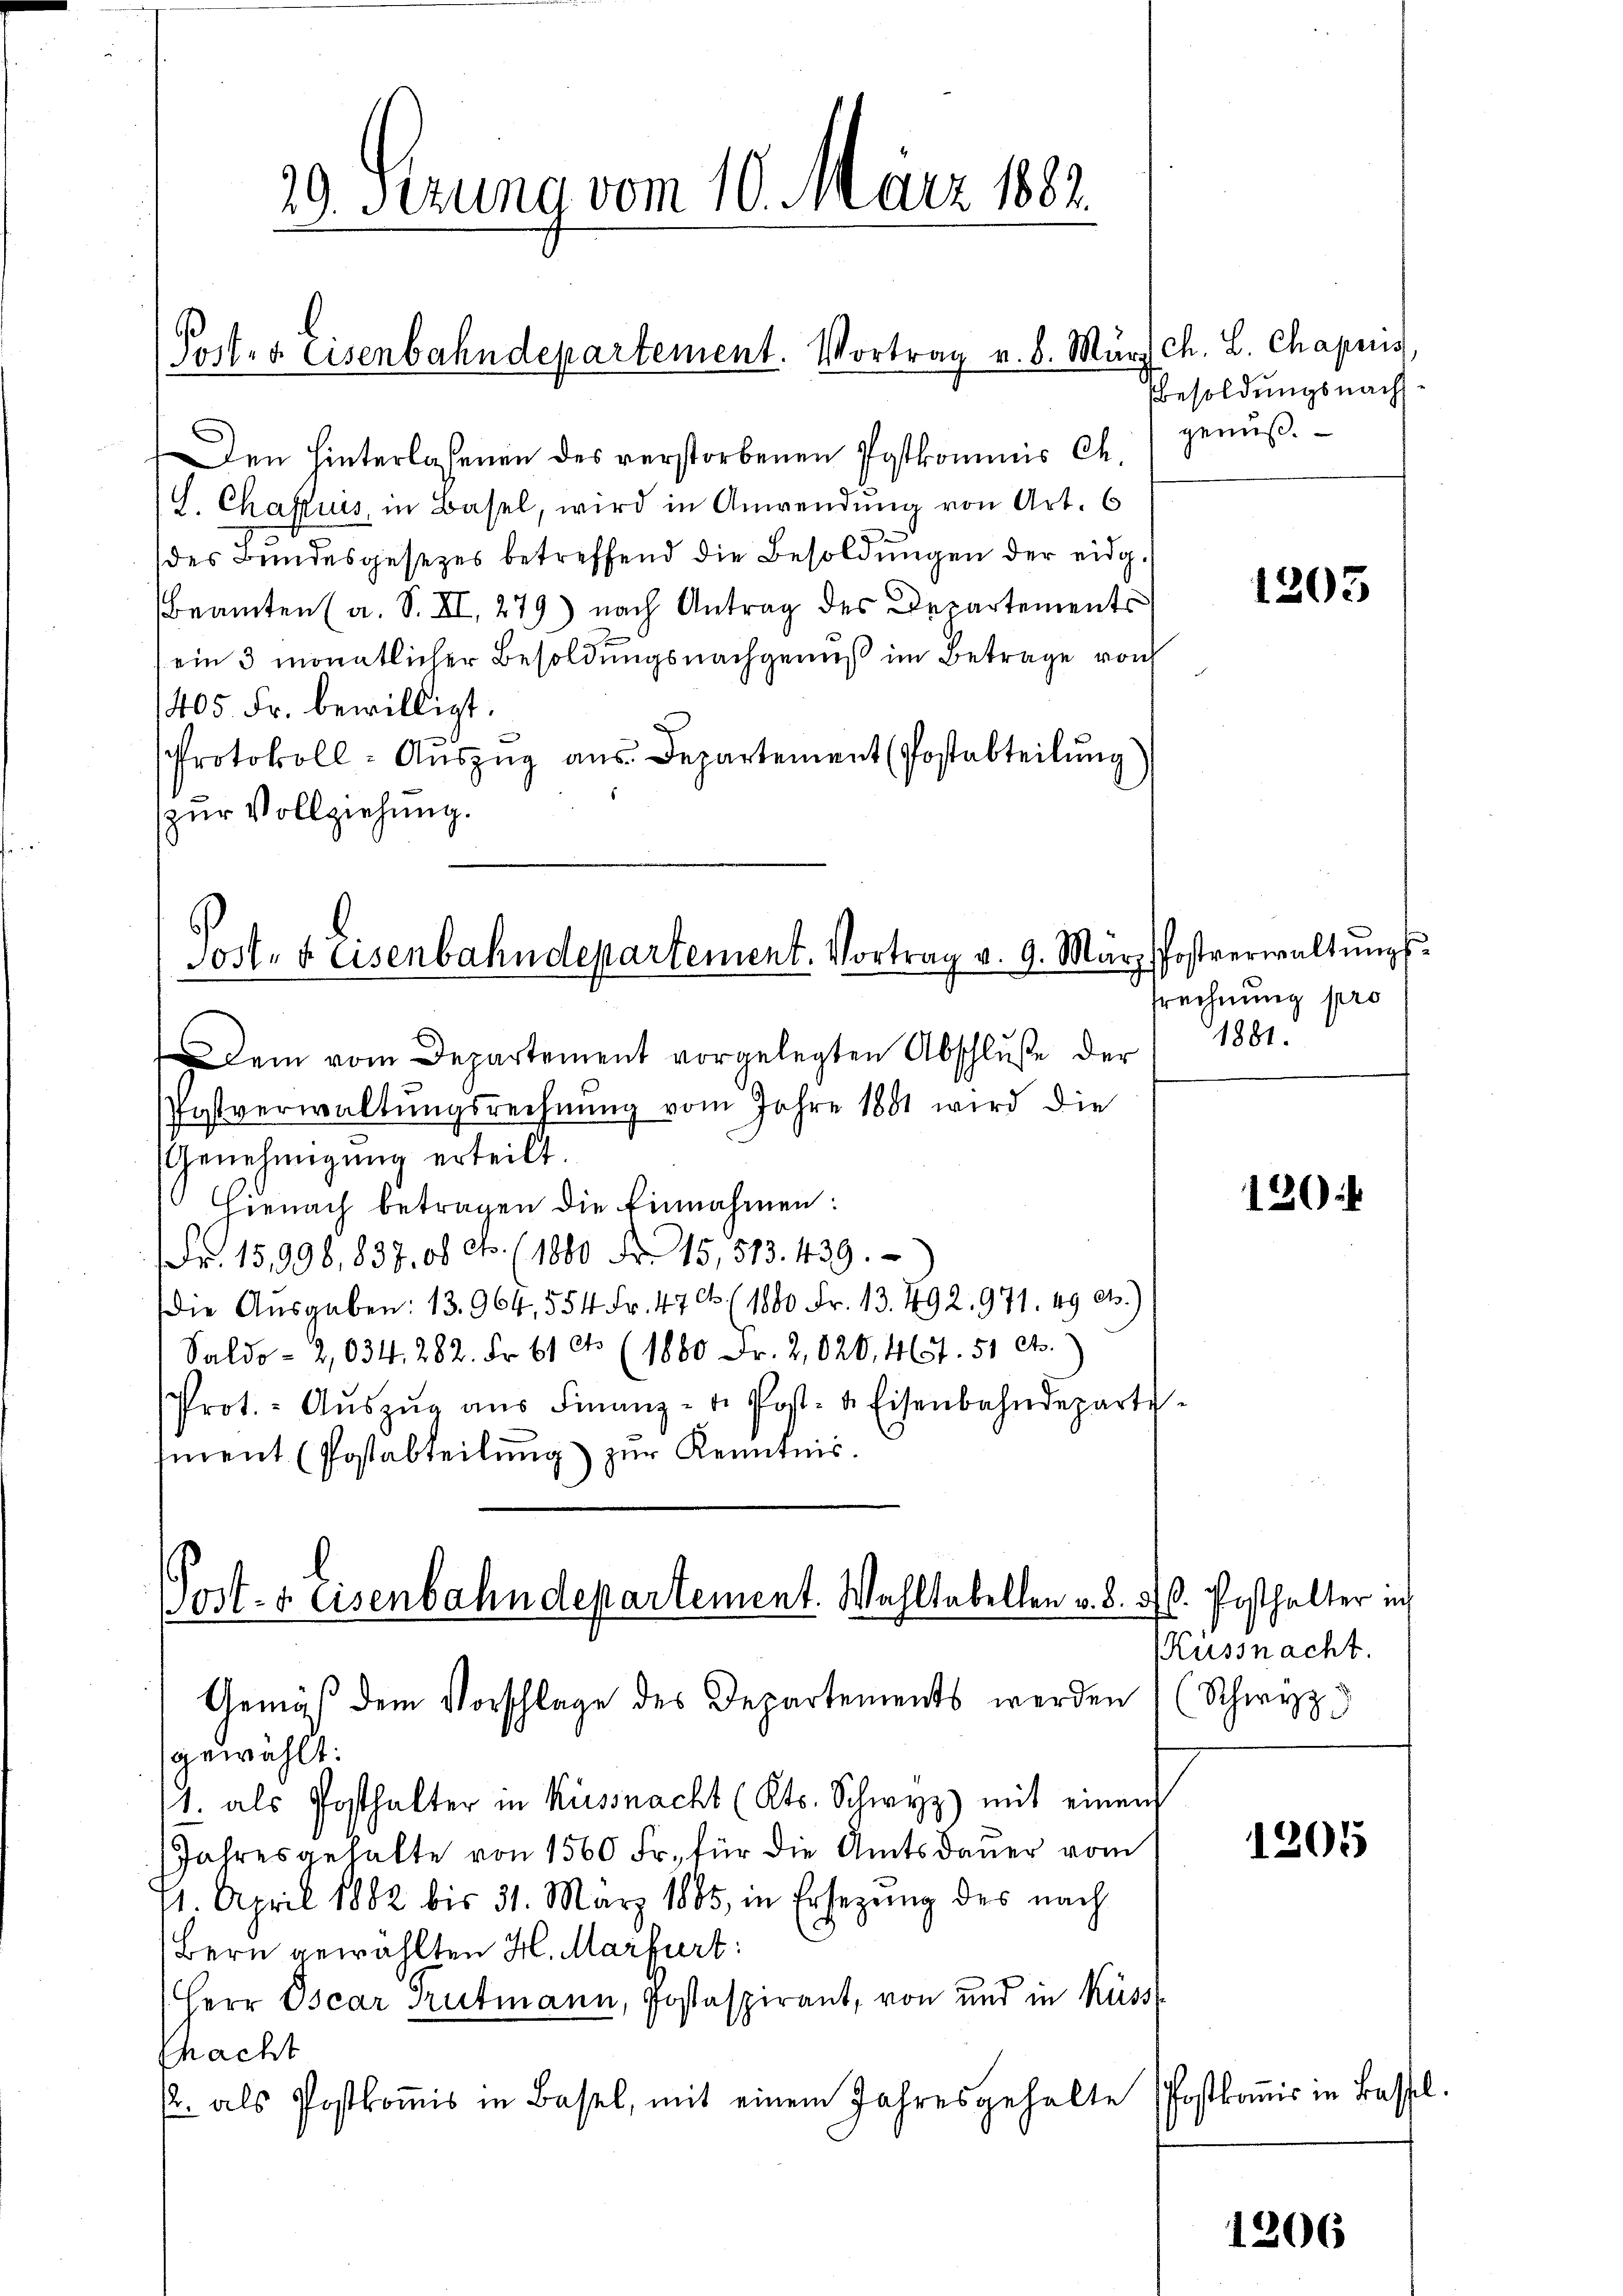
39. Perung vom 10. März 1882
Put. v. Eisenbahndepartement. Vortrag v. 6. März ch. L. Chapuis

Post- & Eisenbahndepartement. Vortrag v. 9. März

Post- & Eisenbahndepartement. Wahltabellen v. 8.
Gemäß dem Vorschlage des Departements werden

Den Hinterlassenen des verstorbenen Postkommis Ch.
L. Chaszuis, in Basel, wird in Anwendung von Art. 6
des Bundesgesezes betreffend die Besoldungen der eidg.
Beamten (a. S. XI, 279) nach Antrag des Departements
ein 3 monatlicher Besoldungsnachgenuß im Betrage von
1405. Fr. bewilligt.
Protokoll-Auszug aus. Departement (Postabteilung
zur Vollziehung.

Dem vom Departement vorgelegten Abschluße der
Postverwaltŭngsrechnŭng vom Jahre 1881 wird die
Genehmigung erteilt.
Hienach betragen die Einnahmen:
Fr. 15,998,837, 08 Fr. (1880 Fr. 15, 513. 439.
Die Ausgaben: 13. 964, 554 Fr. 47 Ct. (1880 Fr. 13. 492. 971. 19 c.)
Saldo- 2,034. 282. Fr. 61 et (1880 Fr. 2,020, 451. 51 cts.)
Prot. - Aŭszŭg aŭs Finanz- u. Post- & Eisenbahndeparte
ment (Postabteilung) zur Kenntnis.

gewählt:
1. als Posthalter in Küssnacht (Kts. Schwyz) mit einen
Jahresgehalte von 1560 Fr. für die Amtsdaŭer vom
11. April 1882 bis 31. März 1885, in Ersezung des nach
Bern gewählten H. Marfurt:
(Herr Oscar Gutmann, Postaspirant, von und in Küsst
fhacht
/. als Postkoṁis in Basel, mit einem Jahresgehalte Postkoṁis in Bassel.

Besoldungsnach
genuß.

1203

Postverwaltungssrechnung pro
1881.

120

. Posthalter in
Küssnacht.
Schwyz

1205

1206